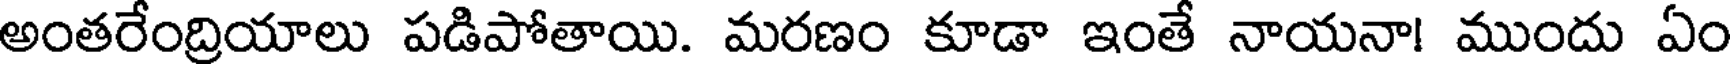
అంతరేంద్రియాలు పడిపోతాయి. మరణం కూడా ఇంతే నాయనా! ముందు ఏం